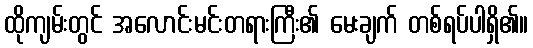
ထိုကျမ်းတွင် အလောင်းမင်းတရားကြီး၏ မေးချက် တစ်ရပ်ပါရှိ၏။